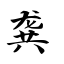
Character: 龚